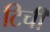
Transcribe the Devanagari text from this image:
टिची